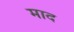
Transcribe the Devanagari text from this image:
माद